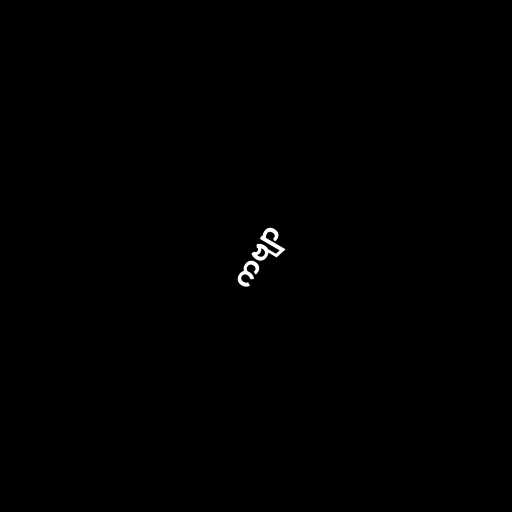
ကဗျာ